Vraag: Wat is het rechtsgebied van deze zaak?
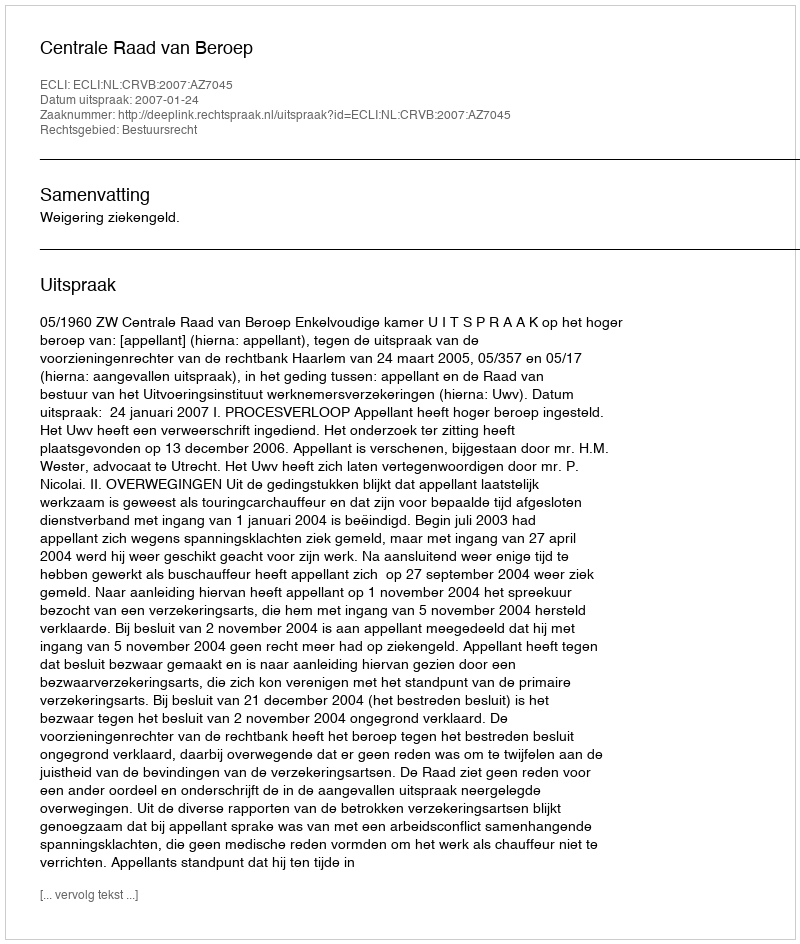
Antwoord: Bestuursrecht